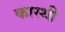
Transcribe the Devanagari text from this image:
कास्थी